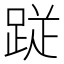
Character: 𮛙